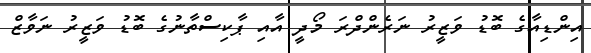
އިންޑިއާގެ ބޮޑު ވަޒީރު ނަރެންދްރަ މޯދީ އާއި ޕާކިސްތާނުގެ ބޮޑު ވަޒީރު ނަވާޒް